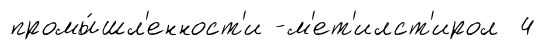
промы́шл'енност'и -м'ет'илст'ирол 4